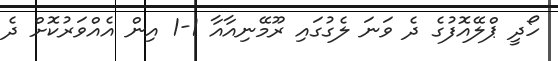
ހޯދީ ޕްލޭއޮފުގެ ދެ ވަނަ ލެގުގައި ރޫމޭނިއާއާ 1-1 އިން އެއްވަރުކޮށް ދެ